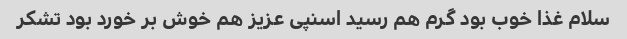
سلام غذا خوب بود گرم هم رسید اسنپی عزیز هم خوش بر خورد بود تشکر